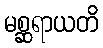
မစ္ဆရာယတိ